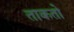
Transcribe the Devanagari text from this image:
ताकतो